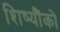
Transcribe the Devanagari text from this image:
शिष्यौंको